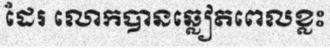
ដែរ លោកបានឆ្លៀតពេលខ្លះ